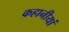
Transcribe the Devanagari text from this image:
कहानीयां